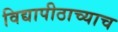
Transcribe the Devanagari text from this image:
विद्यापीठाच्याच